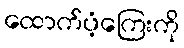
ထောက်ပံ့ကြေးကို